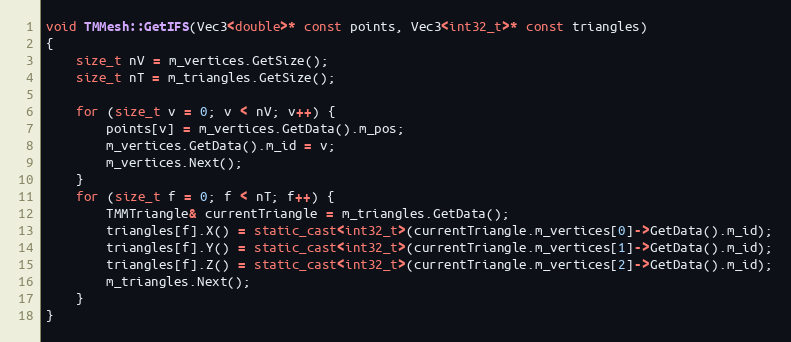
Language: C++
void TMMesh::GetIFS(Vec3<double>* const points, Vec3<int32_t>* const triangles)
{
    size_t nV = m_vertices.GetSize();
    size_t nT = m_triangles.GetSize();

    for (size_t v = 0; v < nV; v++) {
        points[v] = m_vertices.GetData().m_pos;
        m_vertices.GetData().m_id = v;
        m_vertices.Next();
    }
    for (size_t f = 0; f < nT; f++) {
        TMMTriangle& currentTriangle = m_triangles.GetData();
        triangles[f].X() = static_cast<int32_t>(currentTriangle.m_vertices[0]->GetData().m_id);
        triangles[f].Y() = static_cast<int32_t>(currentTriangle.m_vertices[1]->GetData().m_id);
        triangles[f].Z() = static_cast<int32_t>(currentTriangle.m_vertices[2]->GetData().m_id);
        m_triangles.Next();
    }
}